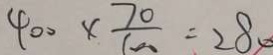
4 0 0 \times \frac { 7 0 } { 1 0 0 } = 2 8 0